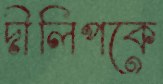
দীলিপকে